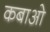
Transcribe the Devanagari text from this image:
कबाओ